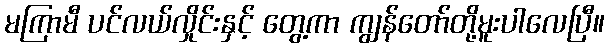
မကြာမီ ပင်လယ်လှိုင်းနှင့် တွေ့ကာ ကျွန်တော်တို့မူးပါလေပြီ။